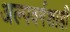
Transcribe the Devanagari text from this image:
अल्पवर्गशाही